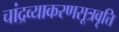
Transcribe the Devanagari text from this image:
चांद्रव्याकरणसूत्रवृत्ति